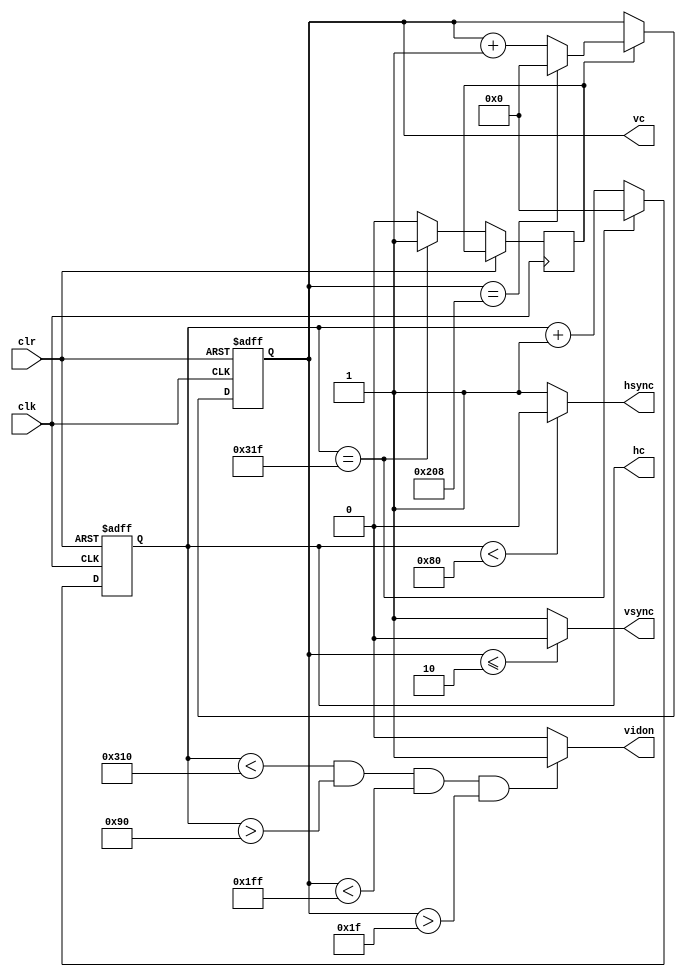
`timescale 1ns / 1ps
//////////////////////////////////////////////////////////////////////////////////
// Company: 
// Engineer: 
// 
// Design Name: 
// Module Name:    VGA_img_mod 
// Project Name: 
// Target Devices: 
// Tool versions: 
// Description: 
//
// Dependencies: 
//
// Revision: 
// Revision 0.01 - File Created
// Additional Comments: 
//
//////////////////////////////////////////////////////////////////////////////////
module vga_640x480(

input wire clk,
input wire clr,
output reg hsync,
output reg vsync,
output reg [9:0] hc,
output reg [9:0] vc,
output reg vidon
    );


parameter hpixels = 10'd800;
parameter vlines = 10'd521;
parameter hbp = 10'd144;
parameter hfp = 10'd784;
parameter vbp = 10'd31;
parameter vfp = 10'd511;

reg vsenable;


always @ (posedge clk or posedge clr)
	begin
		if (clr == 1)
			hc <= 0;
		else
			begin
				if (hc == hpixels - 1)
					begin
						hc <= 0;
						vsenable <= 1;
					end
				else
					begin
						hc <= hc + 1;
						vsenable <= 0;
					end
			end
	end
	
	
always @(*)
	begin
		if (hc < 128)
			hsync = 0;
		else
			hsync = 1;
	end

always @ (posedge clk or posedge clr)
	begin
		if (clr == 1)
			vc <= 0;
		else
			if (vsenable == 1)
				begin
					if (vc == vlines - 1)
						vc <= 0;
					else
						vc <= vc + 1;
				end
	end
	
always @(*)
	begin
		if (vc <= 2)
			vsync = 0;
		else
			vsync = 1;
	end

always @(*)
	begin
	if ((hc < hfp) && (hc > hbp) && (vc < vfp) && (vc > vbp))
		vidon = 1;
	else
		vidon = 0;
	end



endmodule